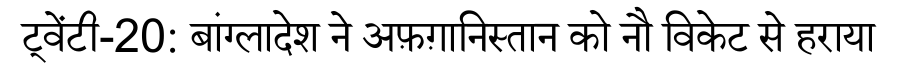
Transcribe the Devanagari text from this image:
ट्वेंटी-20: बांग्लादेश ने अफ़ग़ानिस्तान को नौ विकेट से हराया